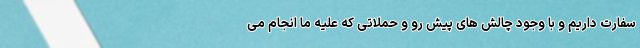
سفارت داریم و با وجود چالش های پیش رو و حملاتی که علیه ما انجام می